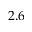
2 . 6